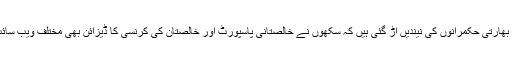
حال ہی میںیہ دیکھ کر بھارتی حکمرانوں کی نیندیں اڑ گئی ہیں کہ سکھوں نے خالصتانی پاسپورٹ اور خالصتان کی کرنسی کا ڈیزائن بھی مختلف ویب سائٹ پر جاری کر دیا ہے۔